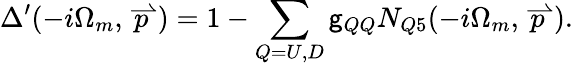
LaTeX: {\Delta}^{\prime}(-i\Omega_{m},\stackrel{\rightharpoonup}{p})=1-\sum_{Q=U,D}\mathsf{g}_{QQ}N_{Q5}(-i\Omega_{m},\stackrel{\rightharpoonup}{p}).